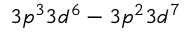
3 p ^ { 3 } 3 d ^ { 6 } - 3 p ^ { 2 } 3 d ^ { 7 }